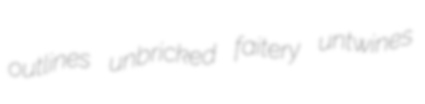
outlines unbricked faitery untwines